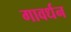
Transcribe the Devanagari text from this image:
गावर्धन